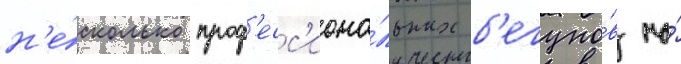
н'е́сколько проф'есс'иона́льных б'егуно́в на́